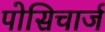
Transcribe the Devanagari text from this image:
पोसिचार्ज